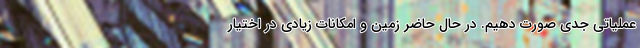
عملیاتی جدی صورت دهیم. در حال حاضر زمین و امکانات زیادی در اختیار